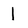
Character: 1